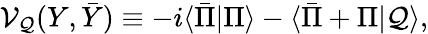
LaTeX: {\cal V}_{\cal Q}(Y,\bar{Y})\equiv-i\langle\bar{\Pi}|\Pi\rangle-\langle\bar{\Pi}+\Pi|{\cal Q}\rangle,